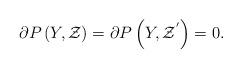
LaTeX: \begin{align*}\partial P\left(Y,\mathcal{Z}\right)=\partial P\left(Y,\mathcal{Z}^{'}\right)=0.\end{align*}